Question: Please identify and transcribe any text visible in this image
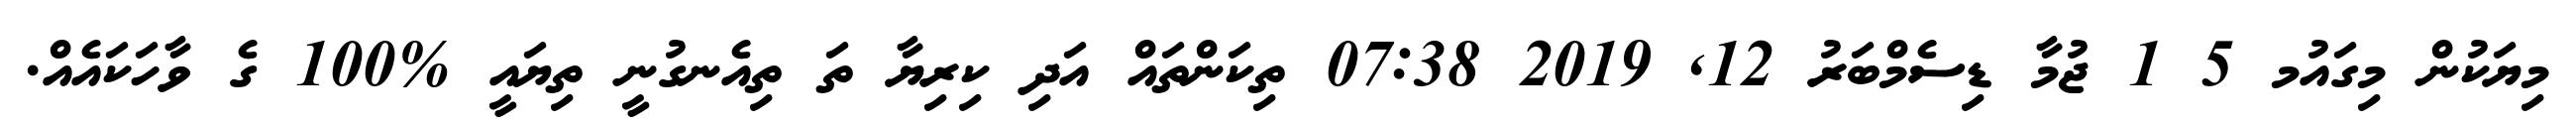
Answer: މިޔަކުން މިގައުމ 5 1 ޖުމާ ޑިސެމްބަރު 12, 2019 07:38 ތިކަންތައް އަދި ކިރިޔާ ތަ ތިއެނގުނީ ތިޔައީ %100 ގެ ވާހަކައެއް.